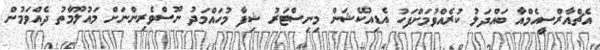
އެޗްއާރްސީއެމްއާ ބައްދަލު ކުރެއްވުމަށްފަހު އެޑިއުކޭޝަން މިނިސްޓަރު ޝިފާ މުހައްމަދު ނޫސްވެރިންނަށް މައުލޫމާތު ދެއްވަމުން